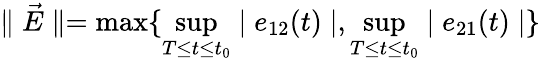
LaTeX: \parallel\vec{E}\parallel=\operatorname*{max}\{ \operatorname*{sup}_{T\leq t\leq t_{0}}\mid e_{12}(t)\mid,\operatorname*{sup}_{T\leq t\leq t_{0}}\mid e_{21}(t)\mid\}